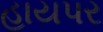
હાયપર